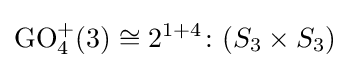
\operatorname {GO} _{4}^{+}(3)\cong 2^{1+4}\colon (S_{3}\times S_{3})